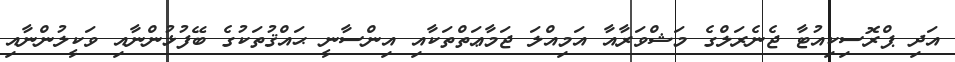
އަދި ޕްރޮސިކިއުޓާ ޖެނެރަލްގެ މަޝްވަރާއާ އަމިއްލަ ޖަމާޢަތްތަކާއި އިންސާނީ ޙައްޤުތަކުގެ ބޭފުޅުންނާއި ވަކީލުންނާއި